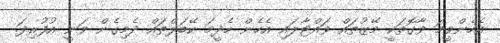
އެހެންވީމަ ވާގޮތަކީ މޭޒުތައް ވައްޓާލައި އެހެން ހެދީމަ ކޭބަލްތައް ދެމިގެން ވަނީ އުފުރިފަ.